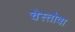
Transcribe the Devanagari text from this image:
चेस्तोवा